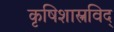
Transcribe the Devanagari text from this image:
कृषिशास्त्रविद्